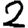
Digit: 2